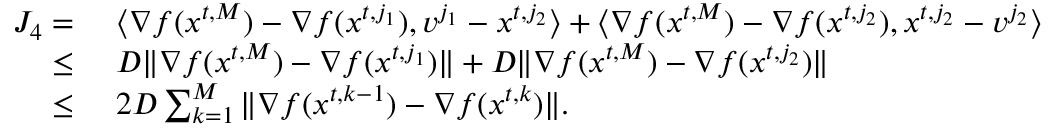
\begin{array} { r l } { J _ { 4 } = \ } & { \langle \nabla f ( { x } ^ { t , M } ) - \nabla f ( { x } ^ { t , j _ { 1 } } ) , { v } ^ { j _ { 1 } } - { x } ^ { t , j _ { 2 } } \rangle + \langle \nabla f ( { x } ^ { t , M } ) - \nabla f ( { x } ^ { t , j _ { 2 } } ) , { x } ^ { t , j _ { 2 } } - { v } ^ { j _ { 2 } } \rangle } \\ { \le \ } & { D \| \nabla f ( { x } ^ { t , M } ) - \nabla f ( { x } ^ { t , j _ { 1 } } ) \| + D \| \nabla f ( { x } ^ { t , M } ) - \nabla f ( { x } ^ { t , j _ { 2 } } ) \| } \\ { \le \ } & { 2 D \sum _ { k = 1 } ^ { M } \| \nabla f ( { x } ^ { t , k - 1 } ) - \nabla f ( { x } ^ { t , k } ) \| . } \end{array}